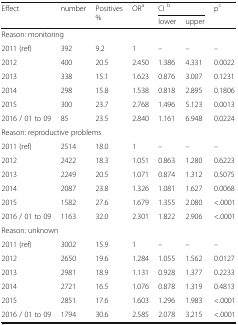
| <ROWSPAN=2> Effect | <ROWSPAN=2> number | <ROWSPAN=2> Positives % | <ROWSPAN=2> ORa | <COLSPAN=2> CI b | <ROWSPAN=2> pc |
 | lower | upper |
 | --- | --- | --- | --- | --- | --- | --- |
 | <COLSPAN=7> Reason: monitoring |
 | 2011 (ref) | 392 | 9.2 | 1 | – | – | – |
 | 2012 | 400 | 20.5 | 2.450 | 1.386 | 4.331 | 0.0022 |
 | 2013 | 338 | 15.1 | 1.623 | 0.876 | 3.007 | 0.1231 |
 | 2014 | 298 | 15.8 | 1.538 | 0.818 | 2.895 | 0.1806 |
 | 2015 | 300 | 23.7 | 2.768 | 1.496 | 5.123 | 0.0013 |
 | 2016 / 01 to 09 | 85 | 23.5 | 2.840 | 1.161 | 6.948 | 0.0224 |
 | <COLSPAN=7> Reason: reproductive problems |
 | 2011 (ref) | 2514 | 18.0 | 1 | – | – | – |
 | 2012 | 2422 | 18.3 | 1.051 | 0.863 | 1.280 | 0.6223 |
 | 2013 | 2249 | 20.5 | 1.071 | 0.874 | 1.312 | 0.5075 |
 | 2014 | 2087 | 23.8 | 1.326 | 1.081 | 1.627 | 0.0068 |
 | 2015 | 1582 | 27.6 | 1.679 | 1.355 | 2.080 | <.0001 |
 | 2016 / 01 to 09 | 1163 | 32.0 | 2.301 | 1.822 | 2.906 | <.0001 |
 | <COLSPAN=7> Reason: unknown |
 | 2011 (ref) | 3002 | 15.9 | 1 | – | – | – |
 | 2012 | 2650 | 19.6 | 1.284 | 1.055 | 1.562 | 0.0127 |
 | 2013 | 2981 | 18.9 | 1.131 | 0.928 | 1.377 | 0.2233 |
 | 2014 | 2721 | 16.5 | 1.076 | 0.878 | 1.319 | 0.4813 |
 | 2015 | 2851 | 17.6 | 1.603 | 1.296 | 1.983 | <.0001 |
 | 2016 / 01 to 09 | 1794 | 30.6 | 2.585 | 2.078 | 3.215 | <.0001 |